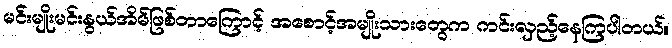
မင်းမျိုးမင်းနွယ်အိမ်ဖြစ်တာကြောင့် အစောင့်အမျိုးသားတွေက ကင်းလှည့်နေကြပါတယ်။